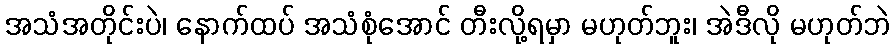
အသံအတိုင်းပဲ၊ နောက်ထပ် အသံစုံအောင် တီးလို့ရမှာ မဟုတ်ဘူး၊ အဲဒီလို မဟုတ်ဘဲ